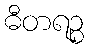
ဓီတရဉ္စ